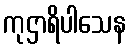
ကုဌာရိပါသေန